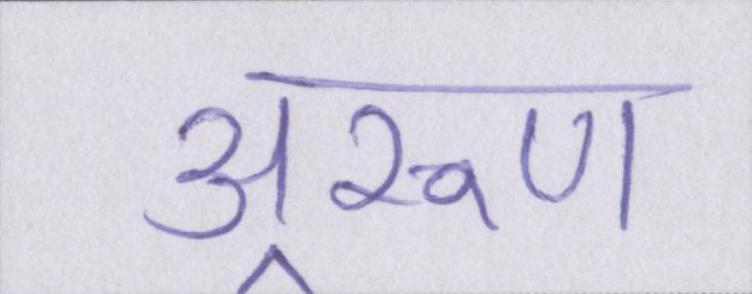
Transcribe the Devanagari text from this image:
अ्ररूण